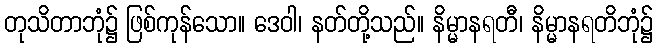
တုသိတာဘုံ၌ ဖြစ်ကုန်သော။ ဒေဝါ၊ နတ်တို့သည်။ နိမ္မာနရတီ၊ နိမ္မာနရတိဘုံ၌